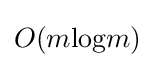
O(m{\text{log}}m)